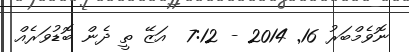
ނޮވެމްބަރު 16